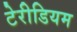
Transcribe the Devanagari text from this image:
टेरीडियम